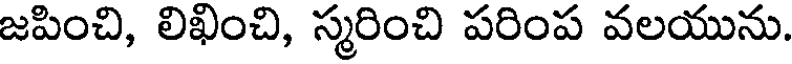
జపించి, లిఖించి, స్మరించి పరింప వలయును.